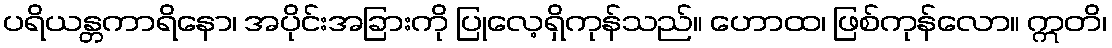
ပရိယန္တကာရိနော၊ အပိုင်းအခြားကို ပြုလေ့ရှိကုန်သည်။ ဟောထ၊ ဖြစ်ကုန်လော။ ဣတိ၊